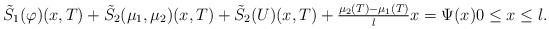
\begin{align*} \tilde{S}_{1}(\varphi)(x, T) + \tilde{S}_{2}(\mu_{1}, \mu_{2})(x, T) + \tilde{S}_{2}(U)(x, T) + \tfrac{\mu_{2}(T) - \mu_{1}(T)}{l} x = \Psi(x) 0 \leq x \leq l. \end{align*}